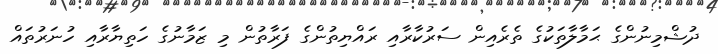
ދުޝްމިނުންގެ ޙަމާލާތަކުގެ ތެރެއިން ސަރުކާރާއި ރައްޔިތުންގެ ފަރާތުން މި ޒަމާނުގެ ހަތިޔާރާއި ހުނަރުތައް